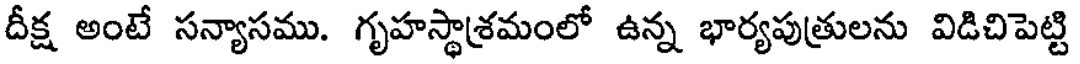
దీక్ష అంటే సన్యాసము. గృహస్థాశ్రమంలో ఉన్న భార్యపుత్రులను విడిచిపెట్టి